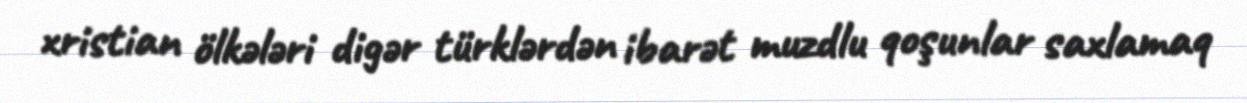
xristian ölkələri digər türklərdən ibarət muzdlu qoşunlar saxlamaq